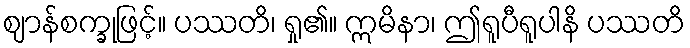
ဈာန်စက္ခုဖြင့်။ ပဿတိ၊ ရှု၏။ ဣမိနာ၊ ဤရူပီရူပါနိ ပဿတိ